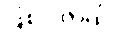
ဖြစ်ပါတယ်။